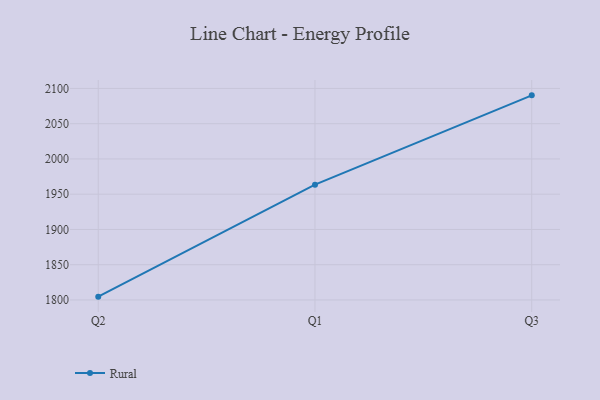
{"axis": {"x": "Quarter", "y": "Temperature (°C)"}, "legend": ["Rural"], "data": [{"x": "Q2", "y": 1804.7, "type": "Rural"}, {"x": "Q1", "y": 1963.5, "type": "Rural"}, {"x": "Q3", "y": 2090.2, "type": "Rural"}]}